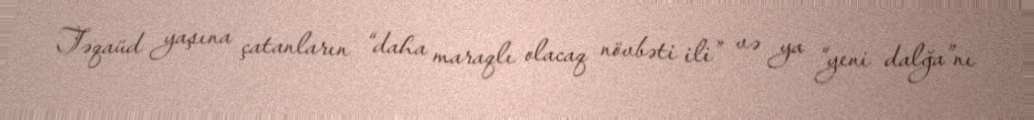
Təqaüd yaşına çatanların “daha maraqlı olacaq növbəti ili” və ya “yeni dalğa”nı